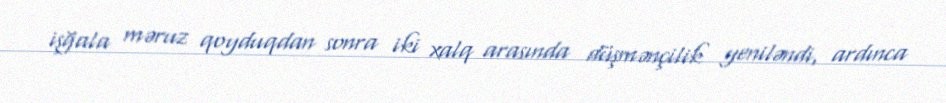
işğala məruz qoyduqdan sonra iki xalq arasında düşmənçilik yeniləndi, ardınca